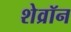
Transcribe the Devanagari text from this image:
शेव्रॉन